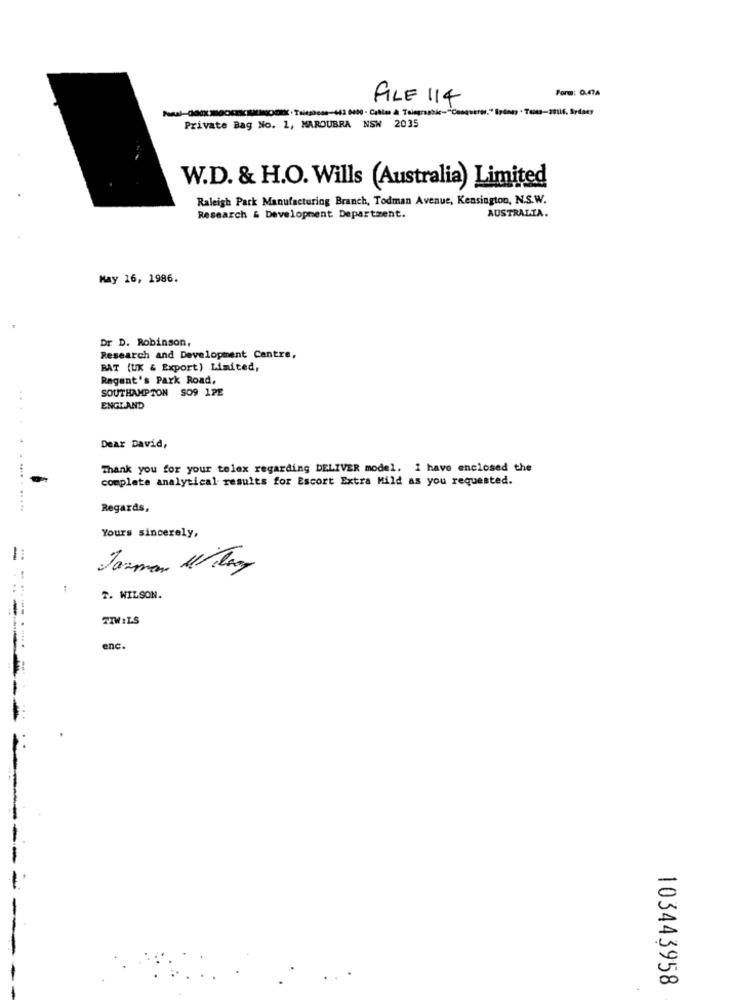
FILE 114
Form: 0.47A
Private Bag No. 1, MAROUBRA NSW 2035
W.D. & H.O. Wills (Australia) Limited
Raleigh Park Manufacturing Branch, Todman Avenue, Kensington, N.S.W.
AUSTRALIA.
Research & Development Department.
May 16, 1986.
Dr D. Robinson,
Research and Development Centre,
BAT (UK & Export) Limited,
Regent's Park Road,
SOUTHAMPTON SO9 1PE
ENGLAND
Dear David,
Thank you for your telex regarding DELIVER model. I have enclosed the
-
complete analytical results for Escort Extra Mild as you requested.
..............
Regards,
Yours sincerely,
-
Jazman 1 day
-
7. WILSON.
TIW:L.S
enc.
- ..... . .... .
103443958